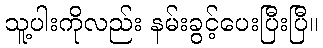
သူ့ပါးကိုလည်း နမ်းခွင့်ပေးပြီးပြီ။